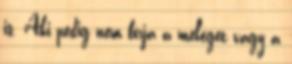
is. Aki pedig nem bírja a meleget vagy a